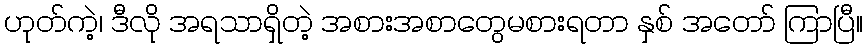
ဟုတ်ကဲ့၊ ဒီလို အရသာရှိတဲ့ အစားအစာတွေမစားရတာ နှစ် အတော် ကြာပြီ။